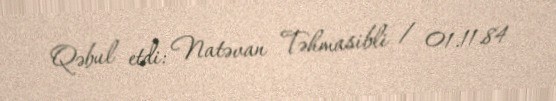
Qəbul etdi: Natəvan Təhmasibli / 01.11.84